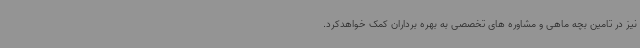
نیز در تامین بچه ماهی و مشاوره های تخصصی به بهره برداران کمک خواهدکرد.